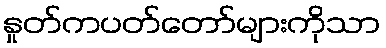
နှုတ်ကပတ်တော်များကိုသာ